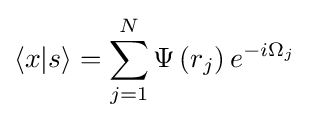
\langle x|s\rangle =\sum _{j=1}^{N}\Psi \left(r_{j}\right)e^{-i\Omega _{j}}